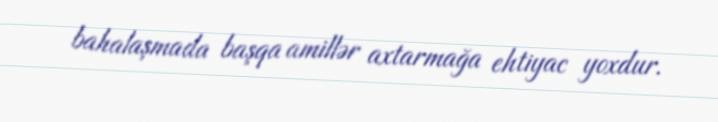
bahalaşmada başqa amillər axtarmağa ehtiyac yoxdur.